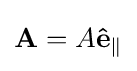
\mathbf {A} =A\mathbf {\hat {e}} _{\parallel }\,\!